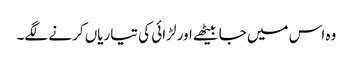
وہ اس میں جا بیٹھے اور لڑائی کی تیاریاں کرنے لگے۔